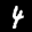
Label: 4